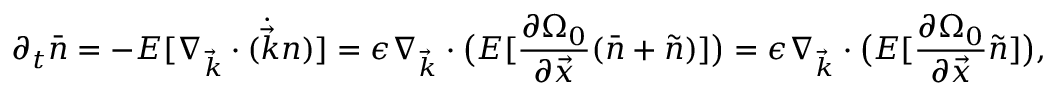
\partial _ { t } \bar { n } = - E [ \nabla _ { \vec { k } } \cdot ( \dot { \vec { k } } n ) ] = \epsilon \nabla _ { \vec { k } } \cdot \big ( E [ \frac { \partial \Omega _ { 0 } } { \partial \vec { x } } ( \bar { n } + \tilde { n } ) ] \big ) = \epsilon \nabla _ { \vec { k } } \cdot \big ( E [ \frac { \partial \Omega _ { 0 } } { \partial \vec { x } } \tilde { n } ] \big ) ,